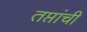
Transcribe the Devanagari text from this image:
तप्तांची